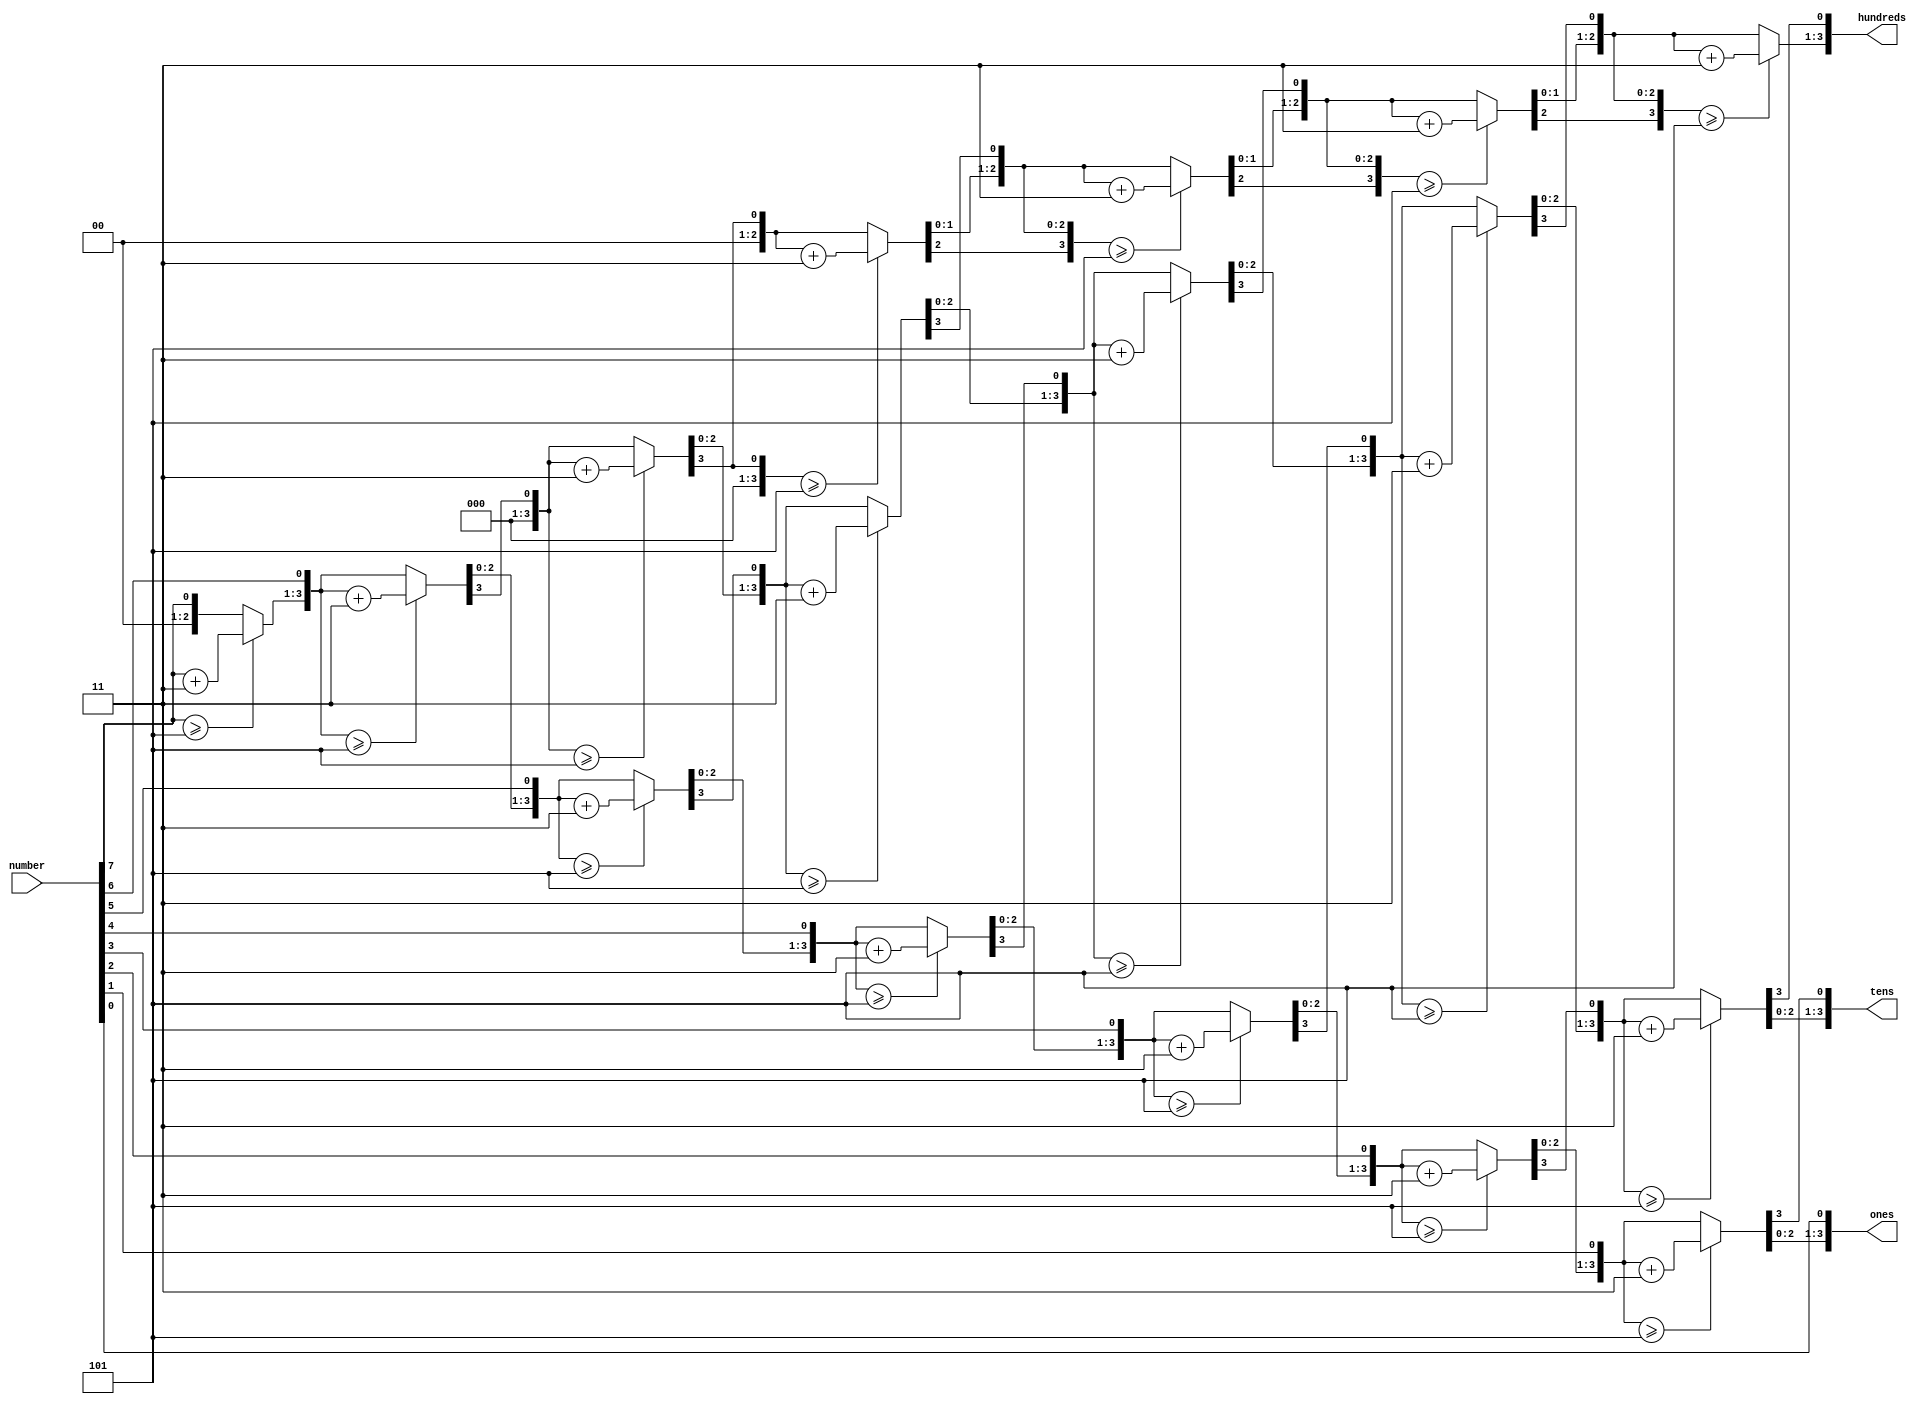
module BCD(number, hundreds, tens, ones);
   input  [7:0] number;
   output reg [3:0] hundreds;
   output reg [3:0] tens;
   output reg [3:0] ones;
   
   reg [19:0] shift;
   integer i;
   
   always @(number)
   begin
      shift[19:8] = 0;
      shift[7:0] = number;
      
      // Loop eight times
      for (i=0; i<8; i=i+1) begin
         if (shift[11:8] >= 5)
            shift[11:8] = shift[11:8] + 3;
            
         if (shift[15:12] >= 5)
            shift[15:12] = shift[15:12] + 3;
            
         if (shift[19:16] >= 5)
            shift[19:16] = shift[19:16] + 3;
         
         shift = shift << 1;
      end
      hundreds = shift[19:16];
      tens     = shift[15:12];
      ones     = shift[11:8];
   end
 
endmodule